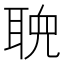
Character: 𬚠